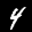
Label: 4